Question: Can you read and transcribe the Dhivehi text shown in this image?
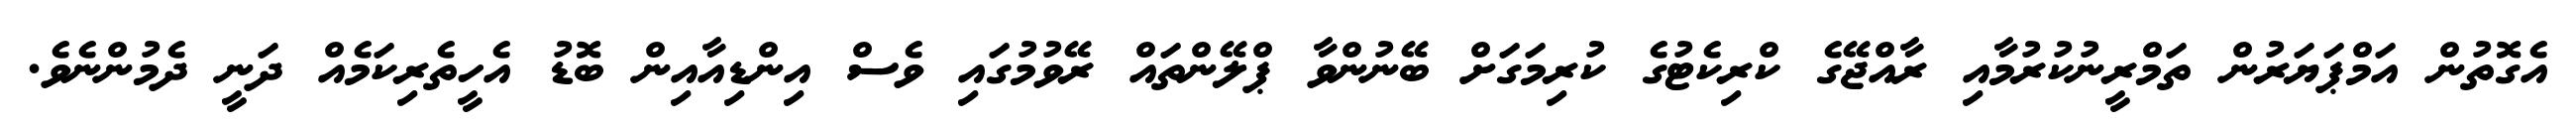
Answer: އެގޮތުން އަމްޕަޔަރުން ތަމްރީނުކުރުމާއި ރާއްޖޭގެ ކްރިކެޓުގެ ކުރިމަގަށް ބޭނުންވާ ޕްލޭންތައް ރޭވުމުގައި ވެސް އިންޑިއާއިން ބޮޑު އެހީތެރިކަމެއް ދަނީ ދެމުންނެވެ.